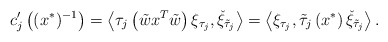
\begin{align*}c^\prime _{j}\left((x^*)^{-1}\right)=\left<\tau_{j}\left(\tilde{w}x^T\tilde{w}\right)\xi_{\tau_{j}},\check{\xi}_{\tilde{\tau}_{j}}\right>=\left<\xi_{\tau_{j}},\tilde{\tau}_{j}\left(x^*\right)\check{\xi}_{\tilde{\tau}_{j}}\right>.\end{align*}